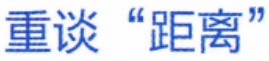
重谈 “距离”